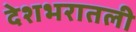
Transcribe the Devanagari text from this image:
देशभरातली